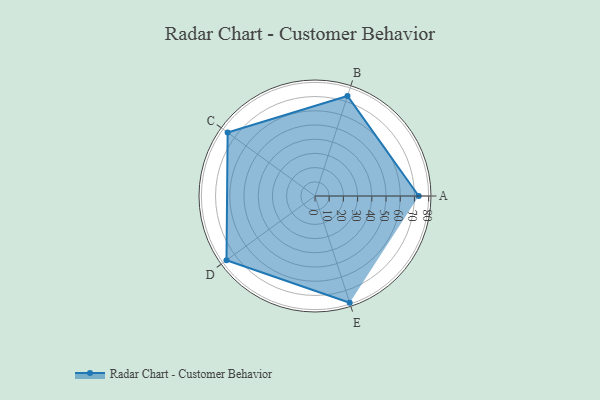
{"axis": {"x": "Skill", "y": "Score"}, "legend": ["Profile"], "data": [{"x": "A", "y": 73.0, "type": "Profile"}, {"x": "B", "y": 74.0, "type": "Profile"}, {"x": "C", "y": 76.0, "type": "Profile"}, {"x": "D", "y": 77.0, "type": "Profile"}, {"x": "E", "y": 79.0, "type": "Profile"}]}